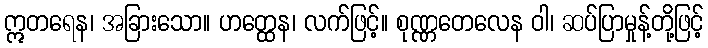
ဣတရေန၊ အခြားသော။ ဟတ္ထေန၊ လက်ဖြင့်။ စုဏ္ဏတေလေန ဝါ၊ ဆပ်ပြာမှုန့်တို့ဖြင့်